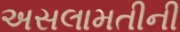
અસલામતીની